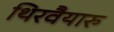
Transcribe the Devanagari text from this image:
थिरवैयारु